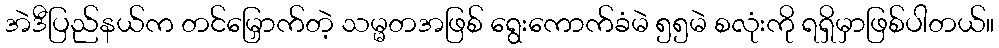
အဲဒီပြည်နယ်က တင်မြှောက်တဲ့ သမ္မတအဖြစ် ရွေးကောက်ခံမဲ ၅၅မဲ စလုံးကို ရရှိမှာဖြစ်ပါတယ်။